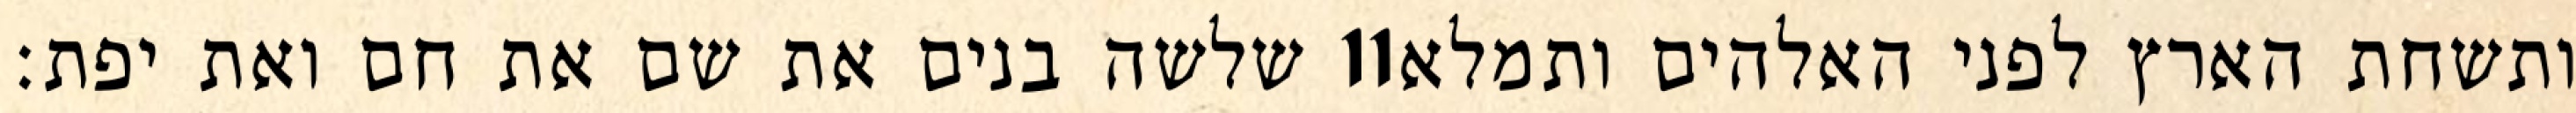
שלשה בנים את שם את חם ואת יפת׃ ‎11‏ ותשחת הארץ לפני האלהים ותמלא